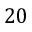
2 0